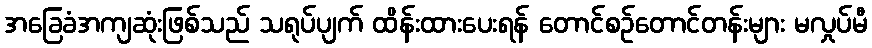
အခြေခံအကျဆုံးဖြစ်သည် သရုပ်ပျက် ထိန်းထားပေးရန် တောင်စဉ်တောင်တန်းများ မလှုပ်မီ